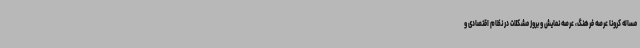
مساله کرونا عرصه فرهنگ، عرصه نمایش و بروز مشکلات در نظام اقتصادی و